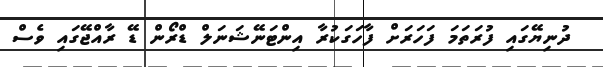
ދުނިޔޭގައި ފުރަތަމަ ފަހަރަށް ފާހަގަކުރާ އިންޓަނޭޝަނަލް ޑްރޯން ޑޭ ރާއްޖޭގައި ވެސް